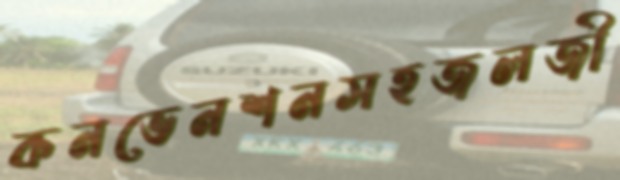
কনভেনশনসহজলজী